Reports on dispensaries and lunatic asylums in the Province of Oudh - 1869-1876
Year: 1869
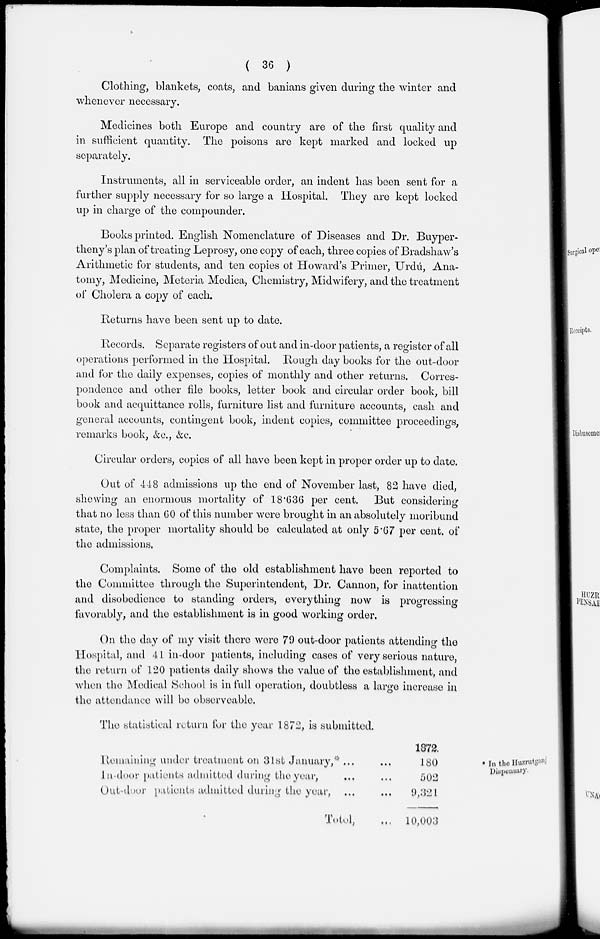
( 36 )
Clothing, blankets, coats, and banians given during the winter and
whenever necessary.
Medicines both Europe and country are of the first quality and
in sufficient quantity. The poisons are kept marked and locked up
separately.
Instruments, all in serviceable order, an indent has been sent for a
further supply necessary for so large a Hospital. They are kept locked
up in charge of the compounder.
Books printed. English Nomenclature of Diseases and Dr. Buyper-
theny's plan of treating Leprosy, one copy of each, three copies of Bradshaw's
Arithmetic for students, and ten copies of Howard's Primer, Urdú, Ana-
tomy, Medicine, Meteria Medica, Chemistry, Midwifery, and the treatment
of Cholera a copy of each.
Returns have been sent up to date.
Records. Separate registers of out and in-door patients, a register of all
operations performed in the Hospital. Rough day books for the out-door
and for the daily expenses, copies of monthly and other returns. Corres-
pondence and other file books, letter book and circular order book, bill
book and acquittance rolls, furniture list and furniture accounts, cash and
general accounts, contingent book, indent copies, committee proceedings,
remarks book, &c., &c.
Circular orders, copies of all have been kept in proper order up to date.
Out of 448 admissions up the end of November last, 82 have died,
shewing an enormous mortality of 18.636 per cent. But considering
that no less than 60 of this number were brought in an absolutely moribund
state, the proper mortality should be calculated at only 5.67 per cent. of
the admissions.
Complaints. Some of the old establishment have been reported to
the Committee through the Superintendent, Dr. Cannon, for inattention
and disobedience to standing orders, everything now is progressing
favorably, and the establishment is in good working order.
On the day of my visit there were 79 out-door patients attending the
Hospital, and 41 in-door patients, including cases of very serious nature,
the return of 120 patients daily shows the value of the establishment, and
when the Medical School is in full operation, doubtless a large increase in
the attendance will be observeable.
The statistical return for the year 1872, is submitted.
*In the Huzrutganj
Dispensary.
Remaining under treatment on 31st January,* ... ...
In-door patients admitted during the year, ... ...
Out-door patients admitted during the year, ... ...
Total, ...
1872.
180
502
9,321
10,003